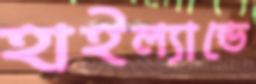
হাইল্যান্ডে